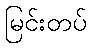
မြင်းတပ်